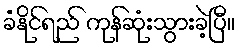
ခံနိုင်ရည် ကုန်ဆုံးသွားခဲ့ပြီ။